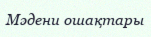
Мәдени ошақтары